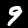
Label: 9